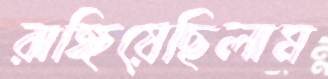
রাঙ্গিয়েছিলাম